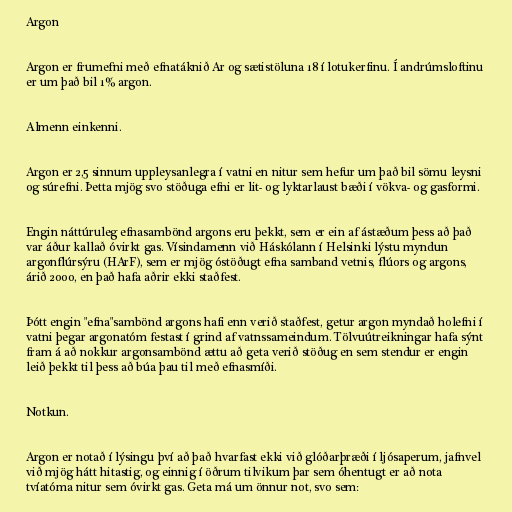
Argon

Argon er frumefni með efnatáknið Ar og sætistöluna 18 í lotukerfinu. Í andrúmsloftinu
er um það bil 1% argon.

Almenn einkenni.

Argon er 2,5 sinnum uppleysanlegra í vatni en nitur sem hefur um það bil sömu leysni
og súrefni. Þetta mjög svo stöðuga efni er lit- og lyktarlaust bæði í vökva- og gasformi.

Engin náttúruleg efnasambönd argons eru þekkt, sem er ein af ástæðum þess að það
var áður kallað óvirkt gas. Vísindamenn við Háskólann í Helsinki lýstu myndun
argonflúrsýru (HArF), sem er mjög óstöðugt efna samband vetnis, flúors og argons,
árið 2000, en það hafa aðrir ekki staðfest.

Þótt engin "efna"sambönd argons hafi enn verið staðfest, getur argon myndað holefni í
vatni þegar argonatóm festast í grind af vatnssameindum. Tölvuútreikningar hafa sýnt
fram á að nokkur argonsambönd ættu að geta verið stöðug en sem stendur er engin
leið þekkt til þess að búa þau til með efnasmíði.

Notkun.

Argon er notað í lýsingu því að það hvarfast ekki við glóðarþræði í ljósaperum, jafnvel
við mjög hátt hitastig, og einnig í öðrum tilvikum þar sem óhentugt er að nota
tvíatóma nitur sem óvirkt gas. Geta má um önnur not, svo sem: